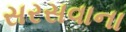
સરસવાના